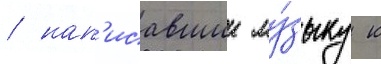
/ нап'исавшии му́зыку к